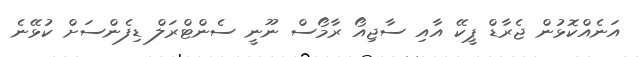
އަނެއްކޮޅުން ޖެރާޑް ޕީކޭ އާއި ސާޖިއޯ ރާމޯސް ނޫނީ ސެންޓްރަލް ޑިފެންސަށް ކުޅޭނެ